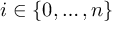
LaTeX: i \in \{ 0 , \ldots , n \}